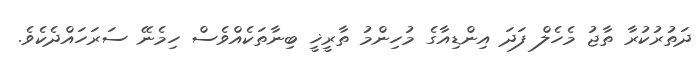
ދަތުރުކުރާ ތާޖު މެހެލް ފަދަ އިންޑިއާގެ މުހިންމު ތާރީޚީ ބިނާތަކެއްވެސް ހިމެނޭ ސަރަހައްދެކެވެ.